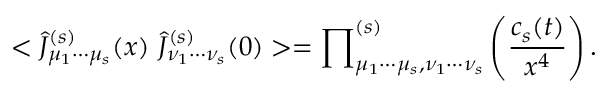
< \hat { { \cal { J } } } _ { \mu _ { 1 } \cdots \mu _ { s } } ^ { ( s ) } ( x ) ~ \hat { { \cal { J } } } _ { \nu _ { 1 } \cdots \nu _ { s } } ^ { ( s ) } ( 0 ) > = { \prod } _ { \mu _ { 1 } \cdots \mu _ { s } , \nu _ { 1 } \cdots \nu _ { s } } ^ { ( s ) } \left( { \frac { c _ { s } ( t ) } { x ^ { 4 } } } \right) .